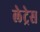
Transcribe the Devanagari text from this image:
लेट्रेस